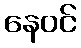
နေဝင်